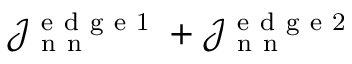
\mathcal { J } _ { \mathrm { ~ n ~ n ~ } } ^ { \mathrm { ~ e ~ d ~ g ~ e ~ 1 ~ } } + \mathcal { J } _ { \mathrm { ~ n ~ n ~ } } ^ { \mathrm { ~ e ~ d ~ g ~ e ~ 2 ~ } }